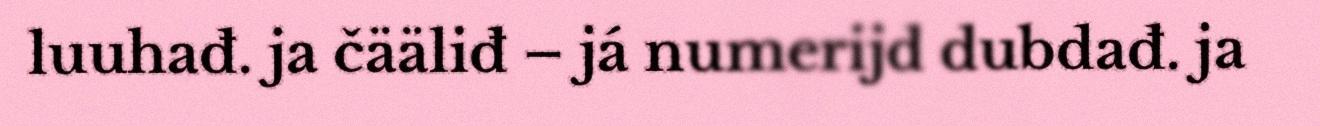
luuhađ. ja čääliđ – já numerijd dubdađ. ja